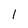
Character: 1